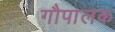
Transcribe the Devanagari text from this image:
गौपालक